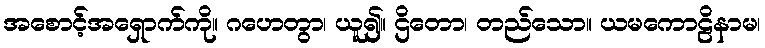
အစောင့်အရှောက်ကို။ ဂဟေတွာ၊ ယူ၍။ ဌိတော၊ တည်သော။ ယမကောဠိနာမ၊